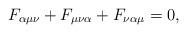
LaTeX: \begin{align*}F_{\alpha\mu\nu} + F_{\mu\nu\alpha} + F_{\nu\alpha\mu} = 0,\end{align*}